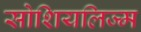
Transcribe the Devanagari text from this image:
सोशियलिज्म